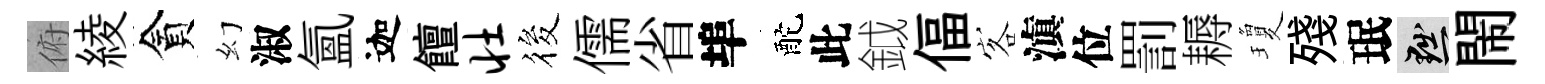
俯綾貪幻淑氳迦饘壮筱儒省埠酡此鉞偪客滇位罰耨瓊殘珉黜閙